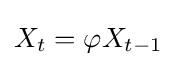
X_{t}=\varphi X_{t-1}